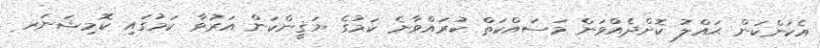
އެކަންކަން ޙައްލު ކޮށްދެއްވަން މަސައްކަތް ކުރައްވާނެ ކަމުގެ ޔަޤީންކަން އަރުވާ ކަމުގައި ކޮމިޝަނަރ